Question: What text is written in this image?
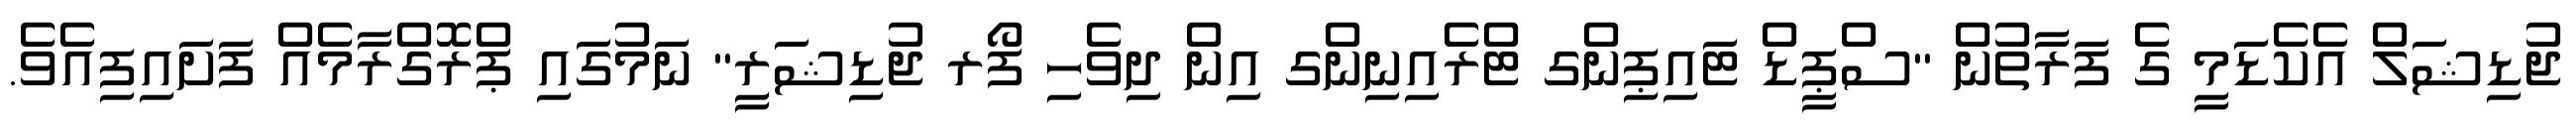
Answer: ޖުޑިޝަލް އެކެޑަމީ ގެ ފަރާތުން "ސްޕީޑް ޓައިޕިންގ ޓްރެއިނިންގ އިން ދިވެހި ފޯރ ޖުޑިޝަރީ" ނަމުގައި ޕްރޮގްރާމެއް ފަށައިފިއެވެ.